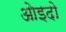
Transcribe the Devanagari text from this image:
ओइदो